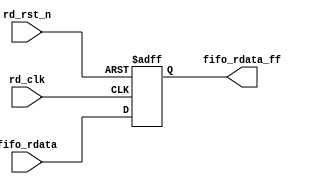
// SPDX-License-Identifier: Apache-2.0
// Copyright (C) 2022 HCL Technologies Ltd.
// Copyright (C) 2022 Blue Cheetah Analog Design, Inc.

module aib_fifo_rdata_buf #(
parameter DWIDTH  = 80  // FIFO Input data width
)
(
// Output
output reg [DWIDTH-1:0] fifo_rdata_ff, 
// Input
input [DWIDTH-1:0] fifo_rdata,
input            rd_clk,
input            rd_rst_n
);


always @(posedge rd_clk or negedge rd_rst_n)
  begin
    if(!rd_rst_n)
      fifo_rdata_ff <= {DWIDTH{1'b0}};
    else
      fifo_rdata_ff <= fifo_rdata;
  end

endmodule // aib_fifo_rdata_buf